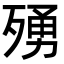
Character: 𭮛